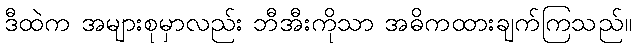
ဒီထဲက အများစုမှာလည်း ဘီအီးကိုသာ အဓိကထားချက်ကြသည်။